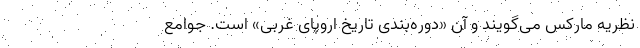
نظریه مارکس می‌گویند و آن «دوره‌بندی تاریخ اروپای غربی» است. جوامع